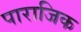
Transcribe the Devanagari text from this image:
पाराजिक